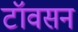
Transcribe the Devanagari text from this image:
टॉवसन